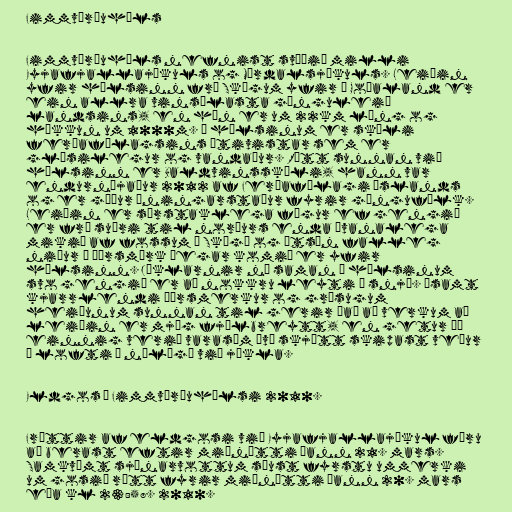
Fimmvörðuháls

Fimmvörðuháls nefnist svæðið milli
Eyjafjallajökuls og Mýrdalsjökuls. Leiðin
yfir hálsinn frá Skógum yfir í Goðaland er
ein allra vinsælasta gönguleið
landsins, en hún er um 22km löng og
hækkun um 1000m. Á hálsinum er skáli
ferðafélagsins Útivistar sem er
glæsilegur og vandaður. Rétt sunnan við
hálsinn er Baldvinsskáli, hann var
endurnýjaður 2012 af Ferðafélagi Íslands
og er góður áningarstaður fyrir göngufólk.
Leiðin er sérstaklega fögur ef gengið
er frá suðri til norðurs enda óvanalega
mikið af fossum í Skógá og útsýn falleg
niður í Þórsmörk þegar komið er yfir
hálsinn. Jöklarnir ná saman á hálsinum
svo gengið er að nokkru leyti í snjó. Ásamt
kjarrlendi Þórsmerkur og grösugum
heiðunum sunnan til gerir það að verkum að
leiðin er mjög fjölbreytt, en getur þó
einnig verið varasöm því skjótt skipast veður
í lofti í nálægð við jökla.

Eldgos í Fimmvörðuhálsi 2010.

Fréttir af eldgosi við Eyjafjallajökul fóru
að berast eftir miðnætti þann 21. mars.
Samkvæmt sjónarvottum sáust fyrstu ummerki
um gosið rétt fyrir miðnætti þann 20. mars
eða kl 23:58. 2010.